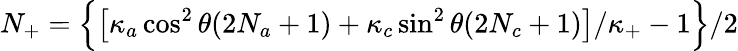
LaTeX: N_{+}=\Big\{ \big[\kappa_{a}\cos^{2}\theta(2N_{a}+1)+\kappa_{c}\sin^{2}\theta(2N_{c}+1)\big]/\kappa_{+}-1\Big\} /2